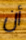
أن